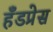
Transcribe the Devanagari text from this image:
हँडप्रेस